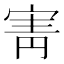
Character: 寈